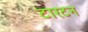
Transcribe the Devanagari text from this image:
टारटन